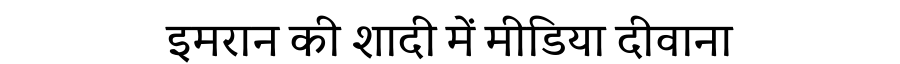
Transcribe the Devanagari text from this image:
इमरान की शादी में मीडिया दीवाना